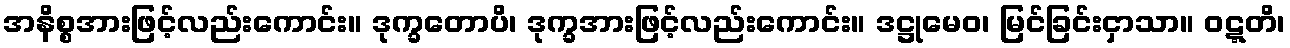
အနိစ္စအားဖြင့်လည်းကောင်း။ ဒုက္ခတောပိ၊ ဒုက္ခအားဖြင့်လည်းကောင်း။ ဒဋ္ဌုမေဝ၊ မြင်ခြင်းငှာသာ။ ဝဋ္ဋတိ၊